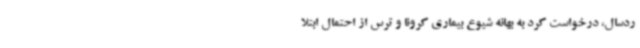
ردسال، درخواست کرد به بهانه شیوع بیماری کرونا و ترس از احتمال ابتلا